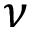
\nu